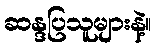
ဆန္ဒပြသူများနဲ့။